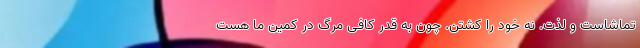
تماشاست و لذت. نه خود را کشتن. چون به قدر کافی مرگ در کمین ما هست